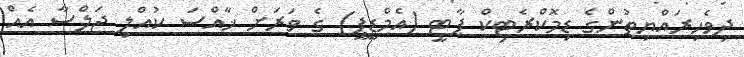
ދިވެހިރައްޔިތުންގެ ޑިމޮކްރެޓިކް ޕާޓީ (އެމްޑީޕީ) ގެ ވަރަށް ޚާއްސަ ކުއްލި ޖަލްސާ އެއް